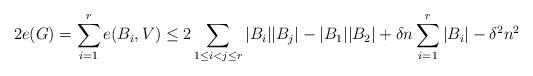
LaTeX: \begin{align*}2e(G)=\sum_{i=1}^r e(B_i, V)\le 2\sum_{1\le i<j\le r}|B_i||B_j|-|B_1||B_2|+\delta n \sum_{i=1}^r |B_i| -\delta^2 n^2\end{align*}